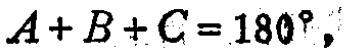
$A + B + C = 180^{\circ},$